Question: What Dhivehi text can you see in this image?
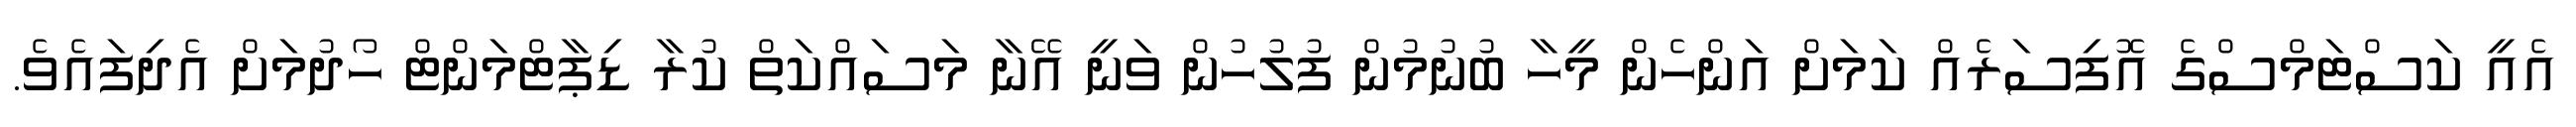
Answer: އެއީ ކަސްޓަމްސްގެ އޮފިސަރެއް ކަމަށް އަންހެން މީހާ ބުނުމުން ފުލުހުން ވަނީ އޭނާ މަސައްކަތް ކުރާ ޑިޕާޓްމަންޓް ހޯދުމަށް އެދިފައެވެ.